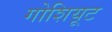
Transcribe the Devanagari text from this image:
गोशियूट